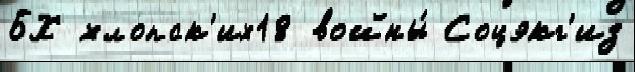
БХ хлопск'их18 войны́ Соцэкг'из